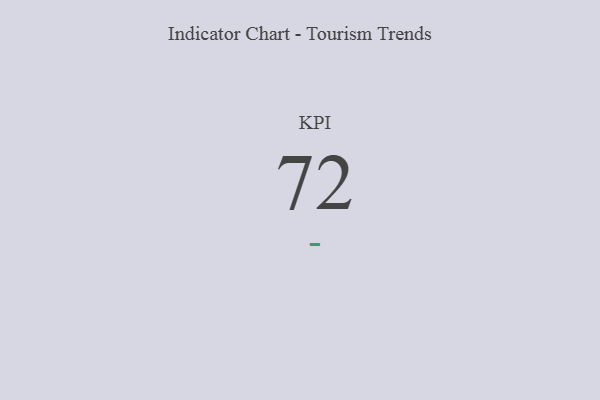
{"axis": {"x": "KPI", "y": "Value"}, "legend": [""], "data": [{"x": "KPI", "y": 72, "type": ""}]}